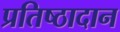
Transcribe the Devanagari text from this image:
प्रतिष्ठादान